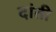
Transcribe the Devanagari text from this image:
दांती